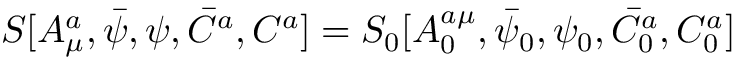
S [ A _ { \mu } ^ { a } , \bar { \psi } , \psi , \bar { C } ^ { a } , C ^ { a } ] = S _ { 0 } [ A _ { 0 } ^ { a \mu } , \bar { \psi } _ { 0 } , \psi _ { 0 } , \bar { C } _ { 0 } ^ { a } , C _ { 0 } ^ { a } ]